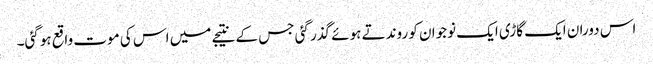
اس دوران ایک گاڑی ایک نوجوان کو روندتے ہوئے گذر گئی جس کے نتیجے میں اس کی موت واقع ہوگئی۔